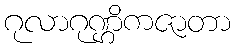
ဂုလာဂုဏ္ဌိကဇာတာ